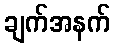
ချက်အနက်